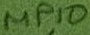
Text: MP10